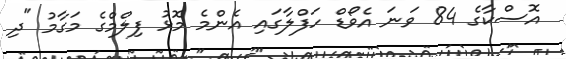
އޮސްކާގެ 84 ވަނަ އެވޯޑް ހަފްލާގައި އެންމެ މޮޅު ފިލްމްގެ މަގާމު "ދި